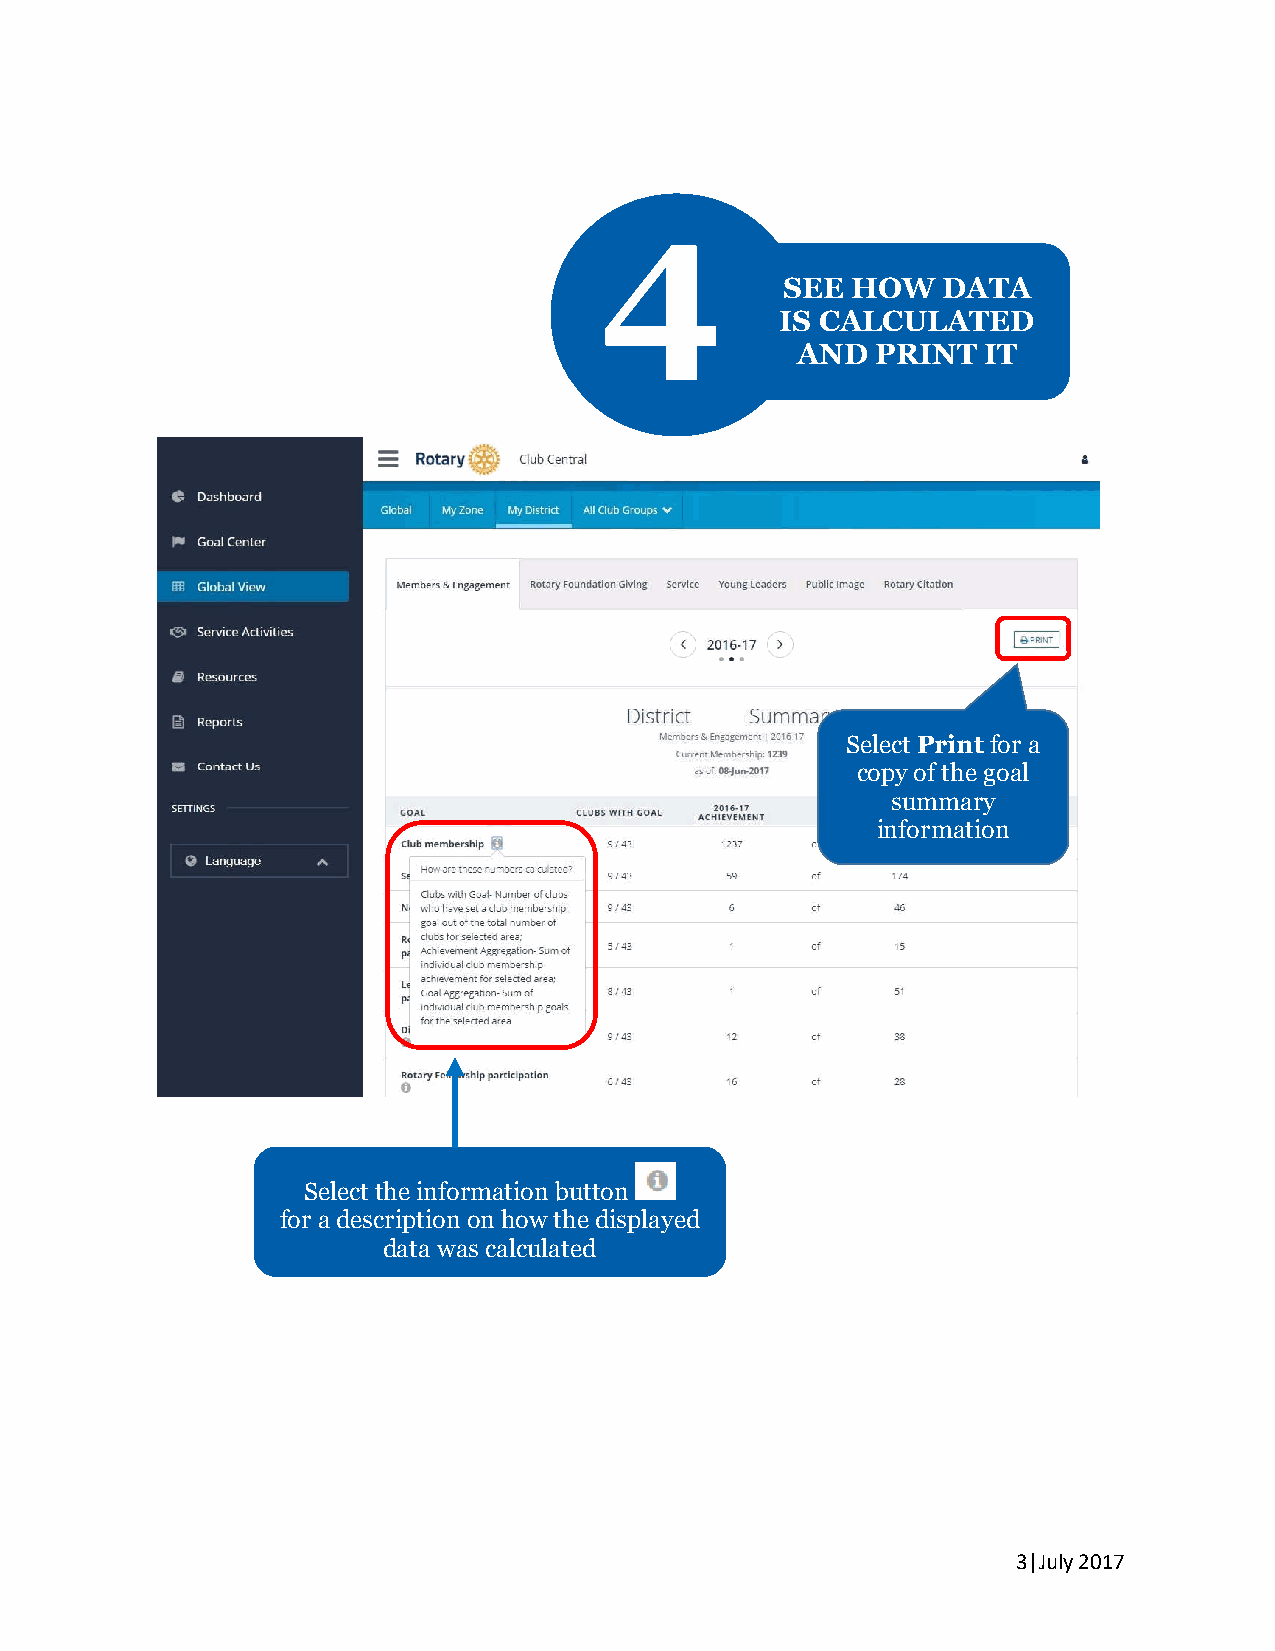
4
 SEE HOW   DATA
 IS CALCULATED
 AND  PRINT  IT
 Select Print for a
 copy of the goal
 summary
 information
 Select the information button
 for a description on how the displayed
 data was calculated
 3|July 2017